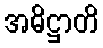
အဓိဋ္ဌာတိ